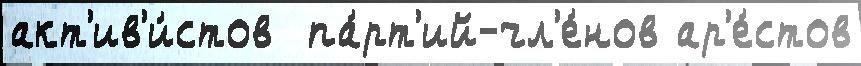
акт'ив'и́стов  па́рт'ий-чл'е́нов ар'е́стов